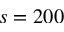
s = 2 0 0